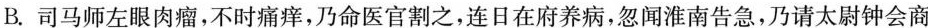
B. 司马师左眼肉瘤，不时痛痒，乃命医官割之，连日在府养病，忽闻淮南告急，乃请太尉钟会商